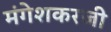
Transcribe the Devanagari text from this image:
मंगेशकरजी